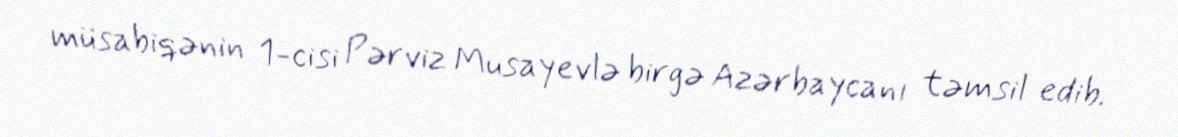
müsabiqənin 1-cisi Pərviz Musayevlə birgə Azərbaycanı təmsil edib.